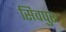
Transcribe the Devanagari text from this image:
सिवपुर